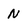
Character: N